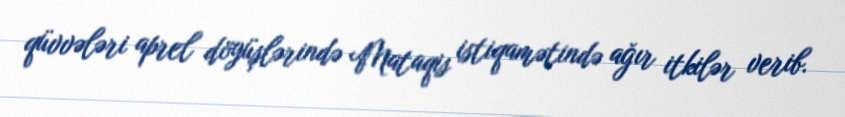
qüvvələri aprel döyüşlərində Mataqis istiqamətində ağır itkilər verib.